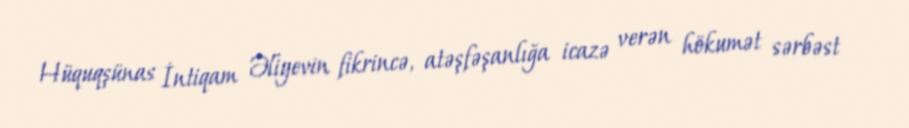
Hüquqşünas İntiqam Əliyevin fikrincə, atəşfəşanlığa icazə verən hökumət sərbəst